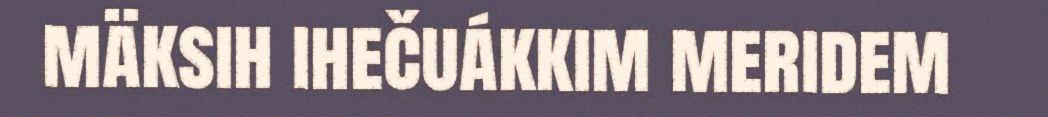
mäksih ihečuákkim meridem